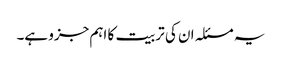
یہ مسئلہ ان کی تربیت کا اہم جزو ہے۔